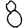
Digit: 8